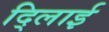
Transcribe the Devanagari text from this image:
दि्लाई